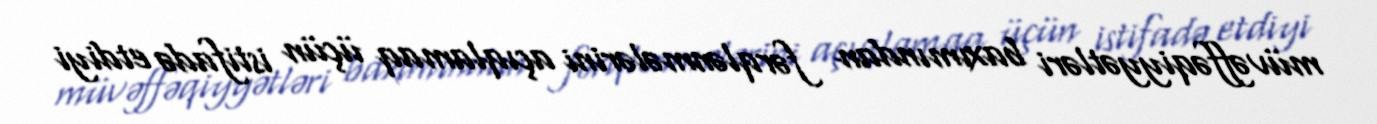
müvəffəqiyyətləri baxımından fərqlənmələrini açıqlamaq üçün istifadə etdiyi